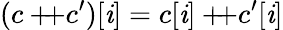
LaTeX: (c+\! \! \! +c^{\prime})[\mathit{i}]=c[\mathit{i}]+\! \! \! +c^{\prime}[\mathit{i}]